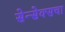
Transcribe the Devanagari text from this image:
सेन्सेक्सचा